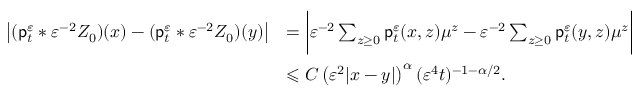
\begin{array} { r l } { \big | ( \mathsf { p } _ { t } ^ { \varepsilon } \ast \varepsilon ^ { - 2 } Z _ { 0 } ) ( x ) - ( \mathsf { p } _ { t } ^ { \varepsilon } \ast \varepsilon ^ { - 2 } Z _ { 0 } ) ( y ) \big | } & { = \bigg \vert \varepsilon ^ { - 2 } \sum _ { z \ge 0 } \mathsf { p } _ { t } ^ { \varepsilon } ( x , z ) \mu ^ { z } - \varepsilon ^ { - 2 } \sum _ { z \ge 0 } \mathsf { p } _ { t } ^ { \varepsilon } ( y , z ) \mu ^ { z } \bigg \vert } \\ & { \leqslant C \left( \varepsilon ^ { 2 } \vert x - y \vert \right) ^ { \alpha } ( \varepsilon ^ { 4 } t ) ^ { - 1 - \alpha / 2 } . \vphantom { \bigg ( } } \end{array}